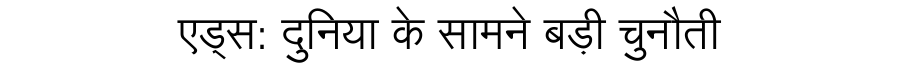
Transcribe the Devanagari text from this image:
एड्स: दुनिया के सामने बड़ी चुनौती